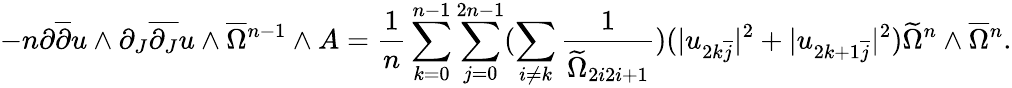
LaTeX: -n\partial\overline{{\partial}}u\wedge\partial_{J}\overline{{\partial_{J}}}u\wedge\overline{{\Omega}}{\mathstrut}^{n-1}\wedge A=\frac{1}{n}\sum_{k=0}^{n-1}\sum_{j=0}^{2n-1}(\sum_{i\neq k}\frac{1}{\widetilde{\Omega}_{2i2i+1}})(|u_{2k\overline{{j}}}|^{2}+|u_{2k+1\overline{{j}}}|^{2})\widetilde{\Omega}^{n}\wedge\overline{{\Omega}}{\mathstrut}^{n}.